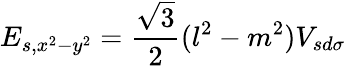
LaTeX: E_{s,x^{2}-y^{2}}={\frac{\sqrt{3}}{2}}(l^{2}-m^{2})V_{sd\sigma}